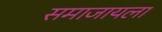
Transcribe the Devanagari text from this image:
समाजायला